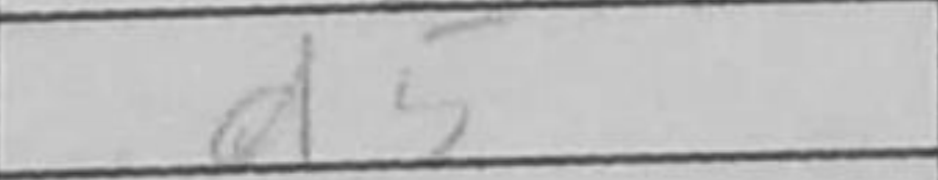
Transcription: d5